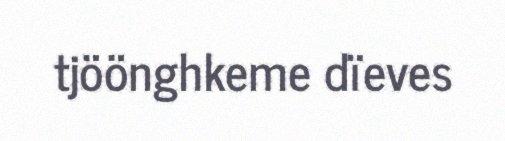
tjöönghkeme dïeves